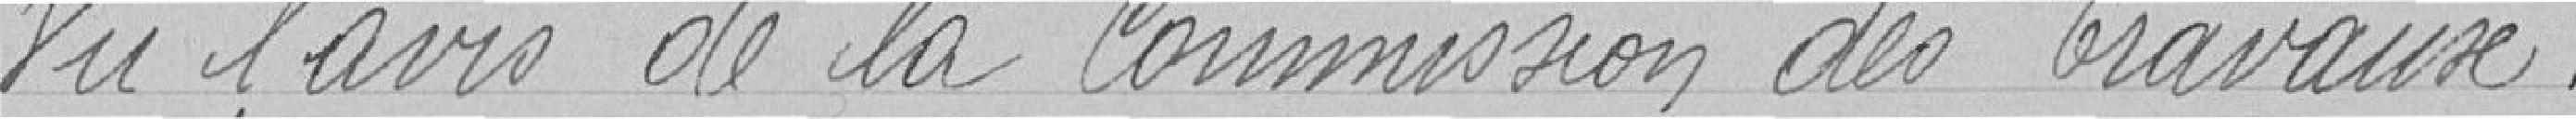
Vu l'avis de Commission des Travaux